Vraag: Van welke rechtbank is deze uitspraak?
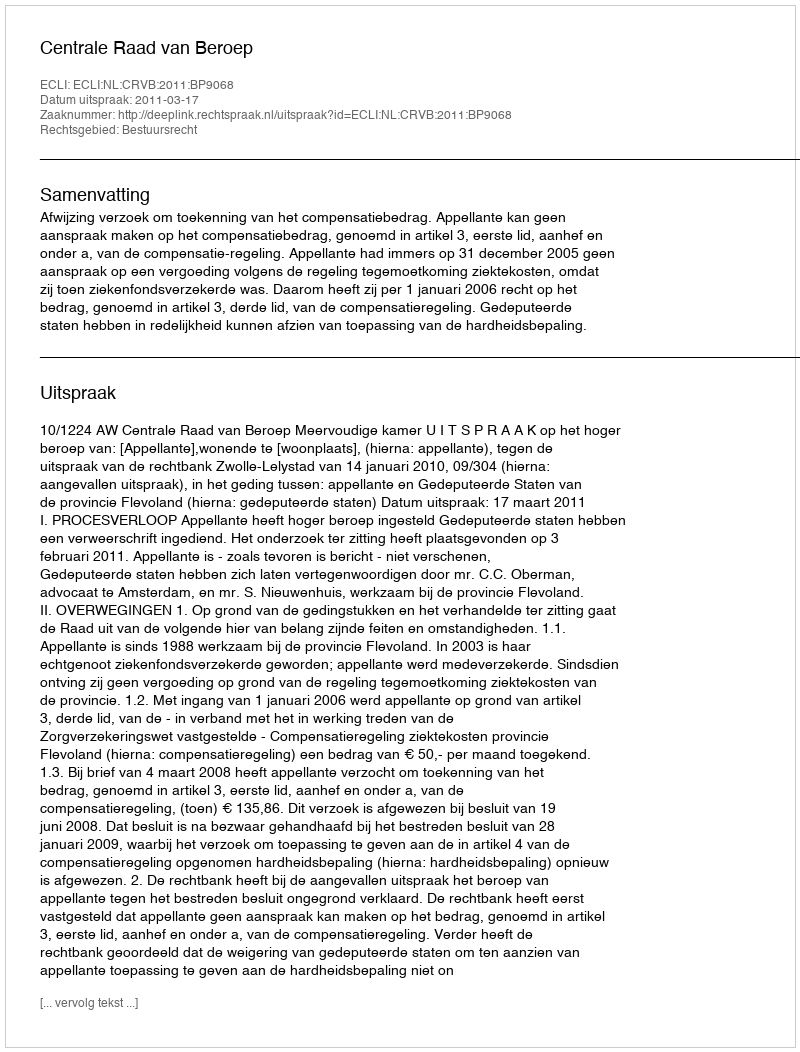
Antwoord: Centrale Raad van Beroep